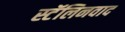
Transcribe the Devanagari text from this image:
स्टॅलिनवाद